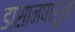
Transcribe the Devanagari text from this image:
डासानपासुन